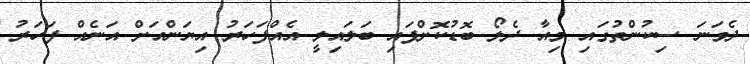
ދެވަނަ ސިކުންތުގައި މިއާ ދެލޯ ބޮޑުކޮށްފައި ބަލައިލީ އެއްފަހަރު އިޔަންއަށް އަނެއް ފަހަރު